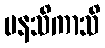
မနသိကာသိ